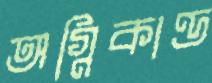
অগ্নিকাণ্ড